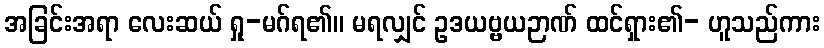
အခြင်းအရာ လေးဆယ် ရှု-မဂ်ရ၏။ မရလျှင် ဥဒယဗ္ဗယဉာဏ် ထင်ရှား၏- ဟူသည်ကား